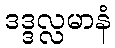
ဒဒ္ဒလ္လမာနံ